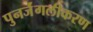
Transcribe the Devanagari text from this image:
पुनर्जंगलीकरण